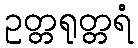
ဥတ္တရုတ္တရံ